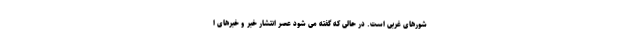
شورهای غربی است. در حالی که گفته می شود عصر انتشار خبر و خبرهای ا